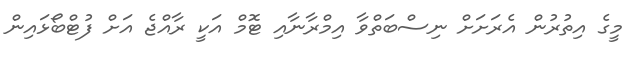
މީގެ އިތުރުން އެރަށަށް ނިސްބަތްވާ އިމްރާނާއި ޓޮމް އަކީ ރާއްޖެ އަށް ފުޓްބޯޅައިން